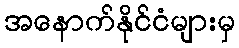
အနောက်နိုင်ငံများမှ